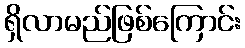
ရှိလာမည်ဖြစ်ကြောင်း